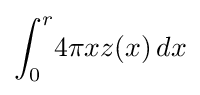
\int _{0}^{r}\!4\pi xz(x)\,dx